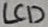
Text: LCD